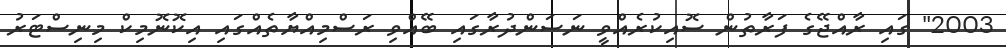
2003" ގައި ރާއްޖޭގެ ފަރާތުން ސޮއިކުރެއްވީ ނަސަންދުރާގައި ބޭއްވި ރަސްމިއްޔާތެއްގައި އިކޮނޮމިކް މިނިސްޓަރު